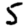
Digit: 5